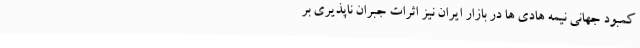
کمبود جهانی نیمه هادی ها در بازار ایران نیز اثرات جبران ناپذیری بر